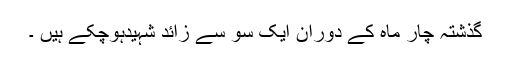
گذشتہ چار ماہ کے دوران ایک سو سے زائد شہیدہوچکے ہیں ۔